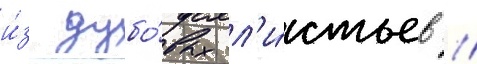
и́з дубо́вых л'и́стьев /